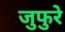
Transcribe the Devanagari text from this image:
जुफुरे